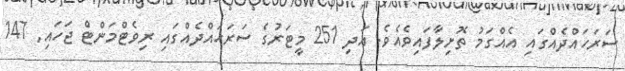
ސަރަހައްދެއްގައި އެއްގަމު ތޮށިލާފައިވެއެވެ. އަދި 251 މީޓަރުގެ ސަރަހައްދެއްގައި ރިވެޓްމަންޓް ޖަހައި